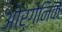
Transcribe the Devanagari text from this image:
ओर्गेनिक